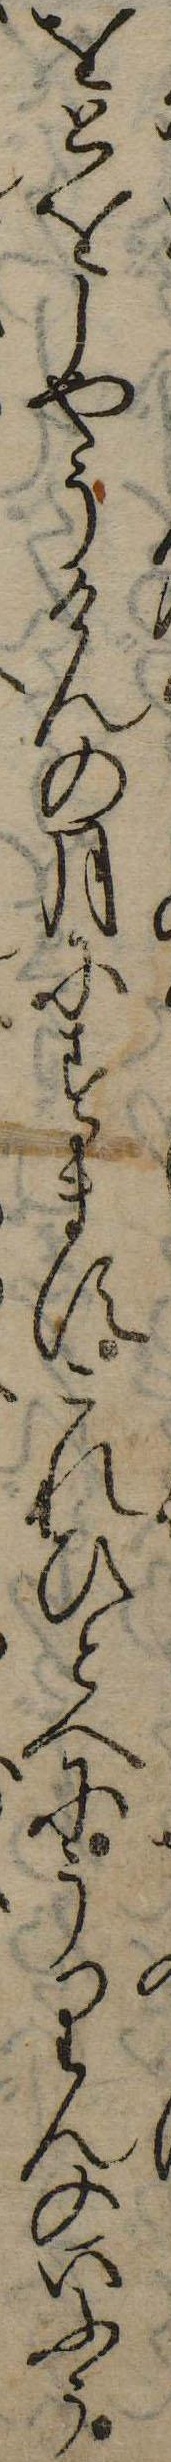
をとをしやうけんの月にすますこれひとへにうりんのいふう